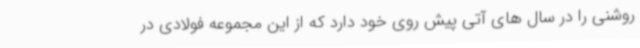
روشنی را در سال های آتی پیش روی خود دارد که از این مجموعه فولادی در